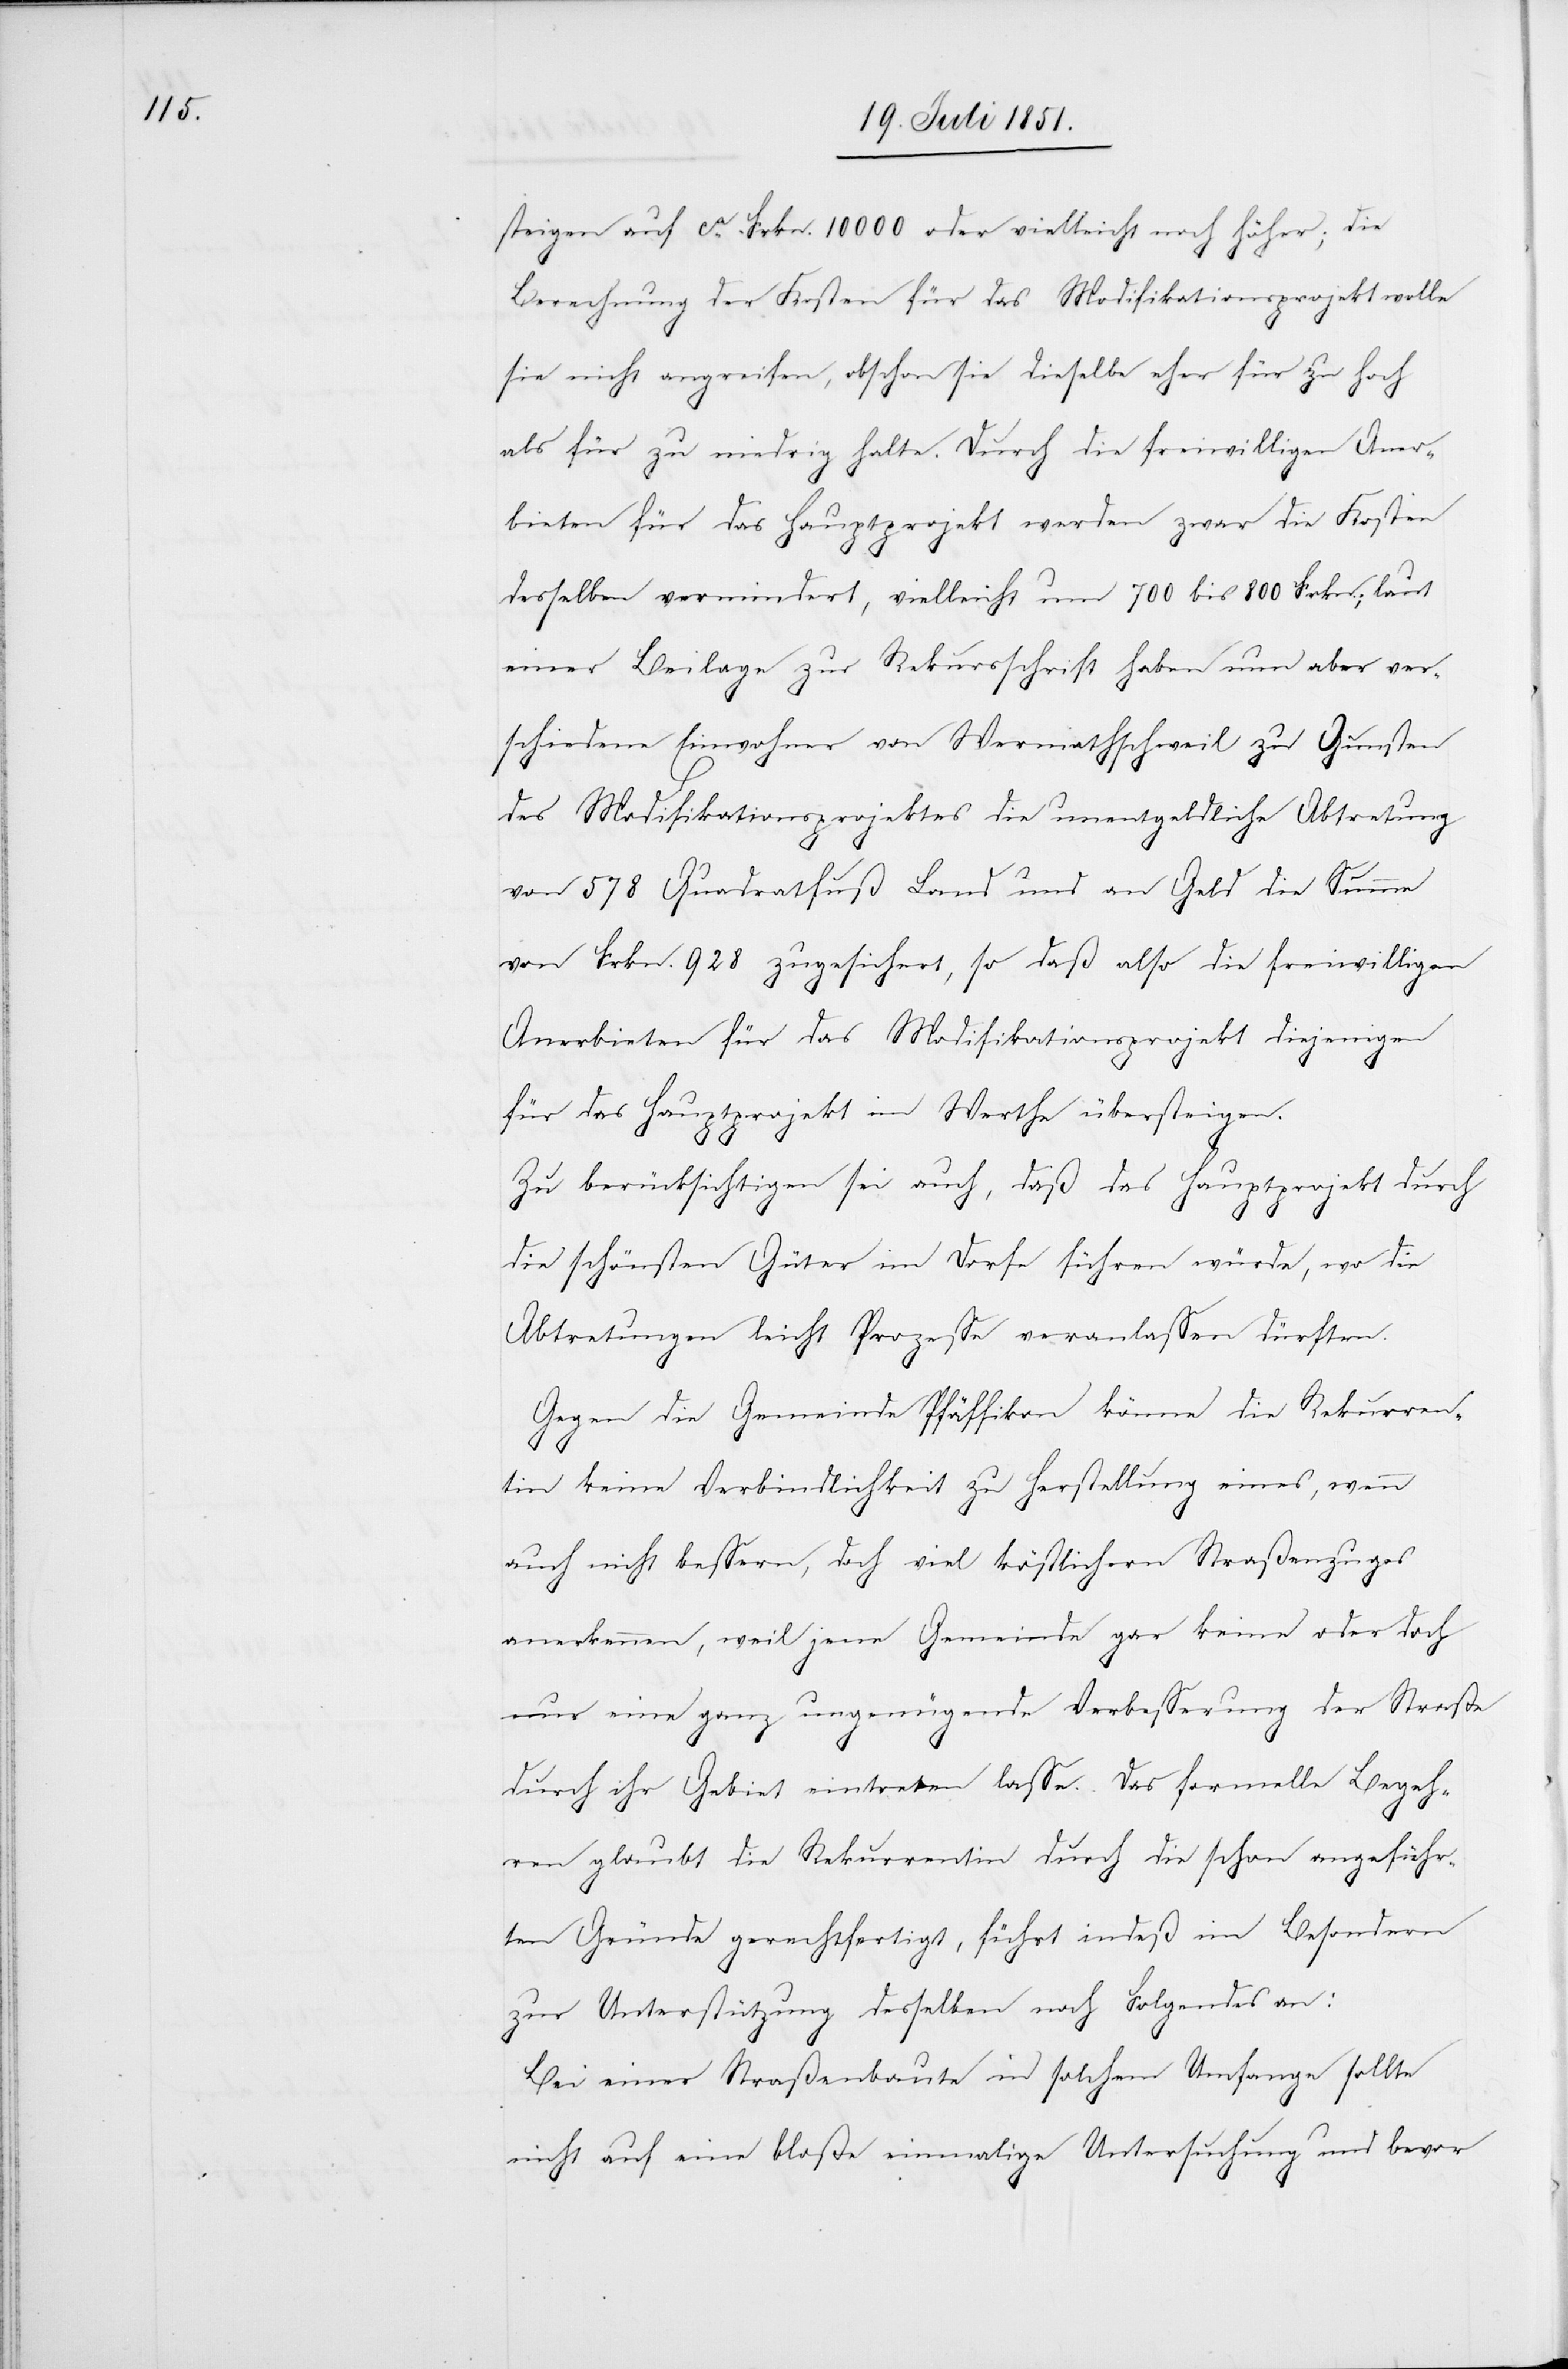
steigen auf ca. Frkn. 10000 oder vielleicht noch höher; die
Berechnung der Kosten für das Modifikationsprojekt wolle
sie nicht angreifen, obschon sie dieselbe eher für zu hoch
als für zu niedrig halte. Durch die freiwilligen Aner¬
bieten für das Hauptprojekt werden zwar die Kosten
desselben vermindert, vielleicht um 700 bis 800 Frkn.; laut
einer Beilage zur Rekursschrift haben nun aber ver¬
schiedene Einwohner von Wermathschweil zu Gunsten
des Modifikationsprojektes die unentgeldliche Abtretung
von 578 Quadratfuß Land und an Geld die Summe
von Frkn. 928 zugesichert, so daß also die freiwilligen
Anerbieten für das Modifikationsprojekt diejenigen
für das Hauptprojekt im Werthe übersteigen.
Zu berücksichtigen sei auch, daß das Hauptprojekt durch
die schönsten Güter im Dorfe führen würde, wo die
Abtretungen leicht Prozesse veranlassen dürften.
Gegen die Gemeinde Pfäffikon könne die Rekurren¬
tin keine Verbindlichkeit zu Herstellung eines, wenn
auch nicht bessern, doch viel köstlichern Straßenzuges
anerkennen, weil jene Gemeinde gar keine oder doch
nur eine ganz ungenügende Verbesserung der Straße
durch ihr Gebiet eintreten lasse. Das formelle Begeh¬
ren glaubt die Rekurrentin durch die schon angeführ¬
ten Gründe gerechtfertigt, führt indeß im Besondern
zur Unterstützung desselben noch Folgendes an:
Bei einer Straßenbaute in solchem Umfange sollte
nicht auf eine bloße einmalige Untersuchung und bevor